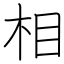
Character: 相